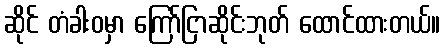
ဆိုင် တံခါးဝမှာ ကြော်ငြာဆိုင်းဘုတ် ထောင်ထားတယ်။